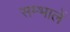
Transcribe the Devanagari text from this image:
सम्भालें